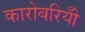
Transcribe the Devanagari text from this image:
कारोबरियोँ